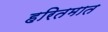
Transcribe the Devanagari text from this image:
हरितमात